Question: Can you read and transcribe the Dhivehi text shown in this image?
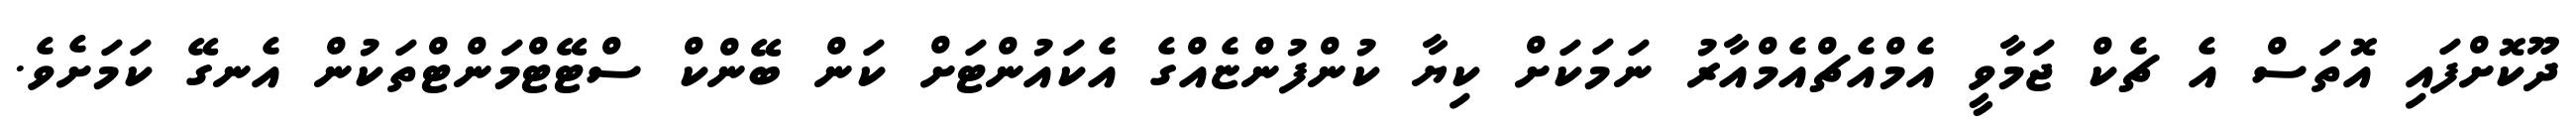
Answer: ދޫކޮށްފައި އޮތަސް އެ ޗެކް ޖަމާވީ އެމްއެޗްއެމްއާރު ނަމަކަށް ކިޔާ ކުންފުންޏެއްގެ އެކައުންޓަށް ކަން ބޭންކް ސްޓޭޓްމަންޓްތަކުން އެނގޭ ކަމަށެވެ.